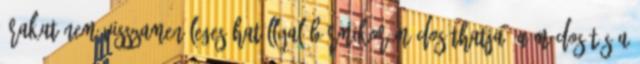
árakat nem visszamenőleges hatállyal bármikor módosíthatja, a módosítás a